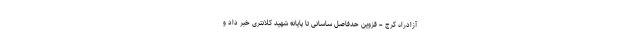
آزادراه کرج – قزوین حدفاصل ساسانی تا پایانه شهید کلانتری خبر داد و